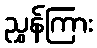
ညွှန်ကြား